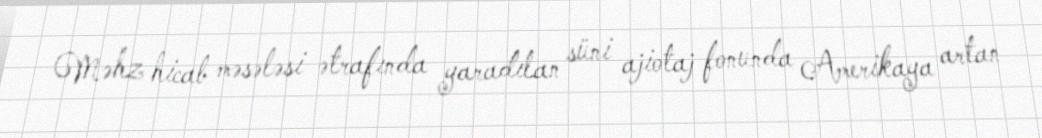
Məhz hicab məsələsi ətrafında yaradılan süni ajiotaj fonunda Amerikaya artan